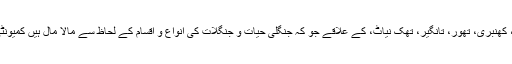
ضلع دیامر کے دیگر علاقے جن میں کھنر، کھنبری، تھور، تانگیر، تھک نیاٹ، کے علاقے جو کہ جنگلی حیات و جنگلات کی انواع و اقسام کے لحاظ سے مالا مال ہیں کمیونٹی کنٹرولڈ ہنٹنگ ایریاز قراردیئے گئے ہیں۔